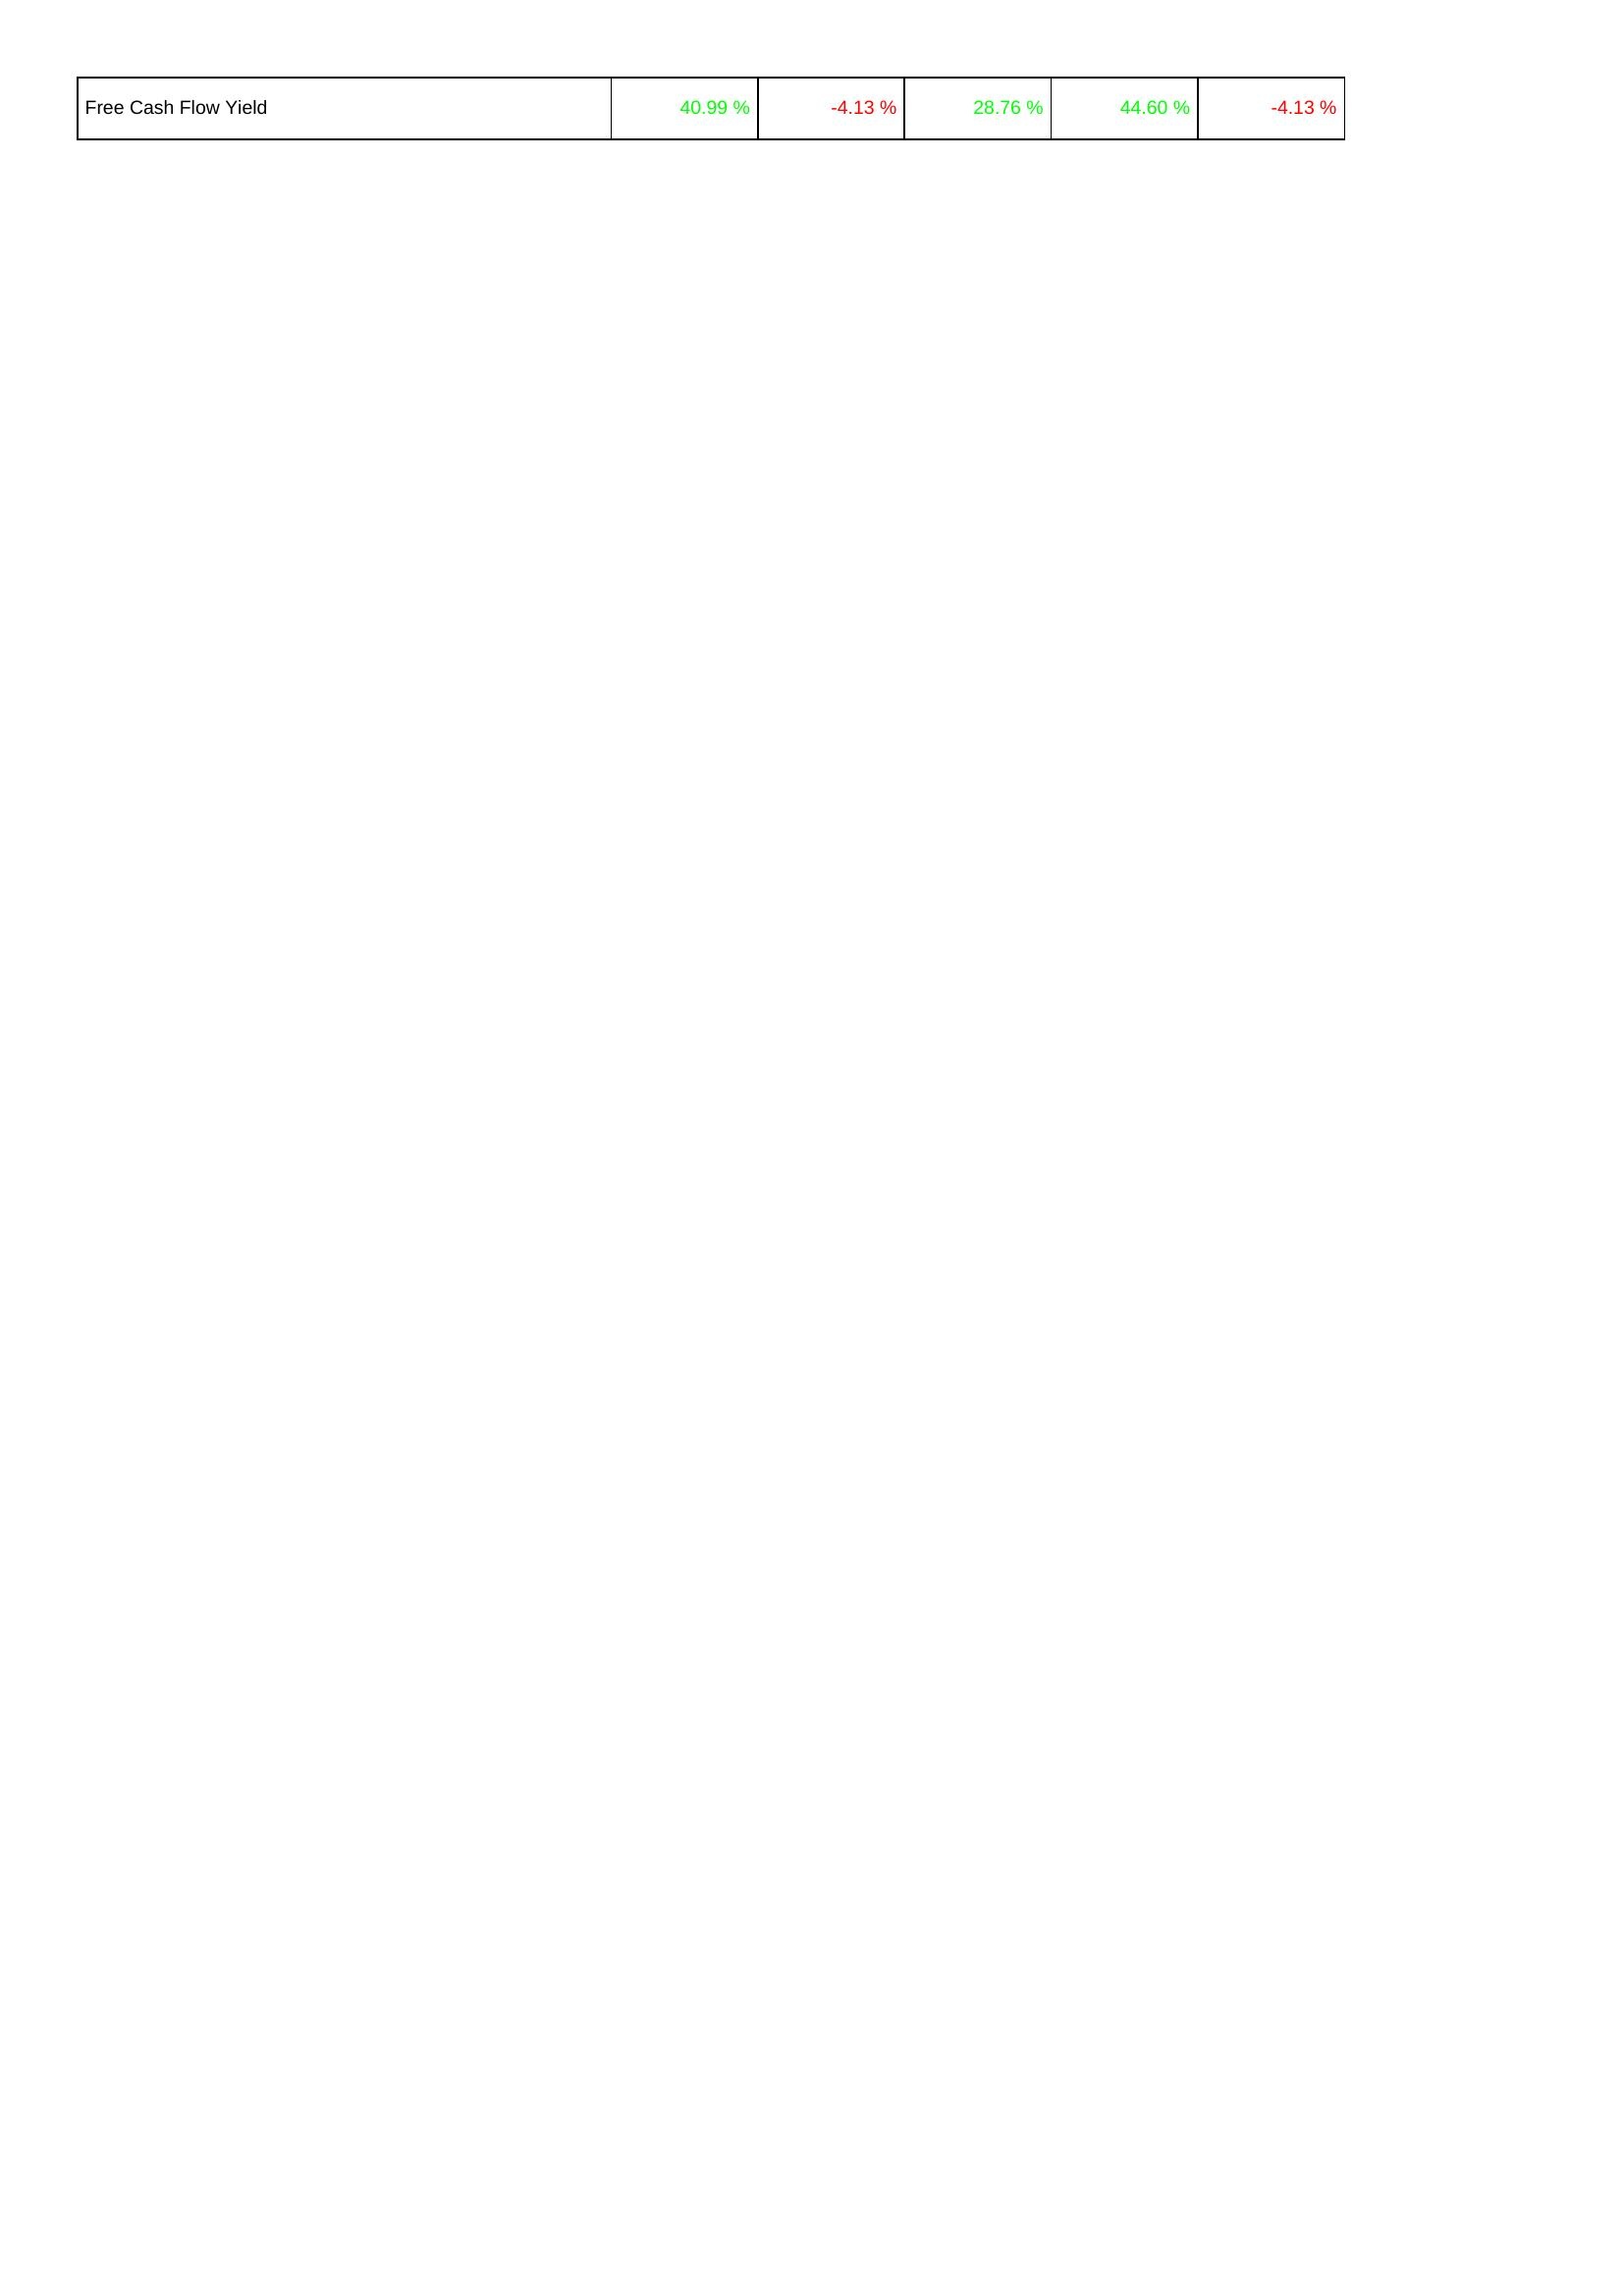
2011: Financing Activities: Free Cash Flow Yield: 40.99 %
2010: Financing Activities: Free Cash Flow Yield: -4.13 %
2009: Financing Activities: Free Cash Flow Yield: 28.76 %
2008: Financing Activities: Free Cash Flow Yield: 44.60 %
2007: Financing Activities: Free Cash Flow Yield: -4.13 %